Vaccination in Bombay 1869-1873 - 1869-1873
Year: 1869
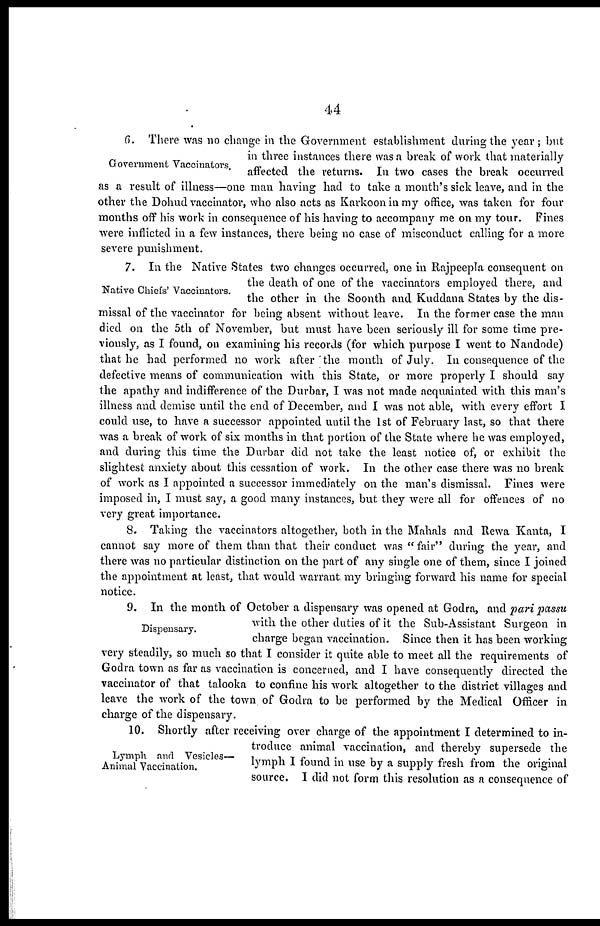
44
Government Vaccinators.
6. There was no change in the Government establishment during the year; but
in three instances there was a break of work that materially
affected the returns. In two cases the break occurred
as a result of illness—one man having had to take a month's sick leave, and in the
other the Dohud vaccinator, who also acts as Karkoon in my office, was taken for four
months off his work in consequence of his having to accompany me on my tour. Fines
were inflicted in a few instances, there being no case of misconduct calling for a more
severe punishment.
Native Chiefs' Vaccinators.
7. In the Native States two changes occurred, one in Rajpeepla consequent on
the death of one of the vaccinators employed there, and
the other in the Soonth and Kuddana States by the dis-
missal of the vaccinator for being absent without leave. In the former case the man
died on the 5th of November, but must have been seriously ill for some time pre-
viously, as I found, on examining his records (for which purpose I went to Nandode)
that he had performed no work after the month of July. In consequence of the
defective means of communication with this State, or more properly I should say
the apathy and indifference of the Durbar, I was not made acquainted with this man's
illness and demise until the end of December, and I was not able, with every effort I
could use, to have a successor appointed until the 1st of February last, so that there
was a break of work of six months in that portion of the State where he was employed,
and during this time the Durbar did not take the least notice of, or exhibit the
slightest anxiety about this cessation of work. In the other case there was no break
of work as I appointed a successor immediately on the man's dismissal. Fines were
imposed in, I must say, a good many instances, but they were all for offences of no
very great importance.
8. Taking the vaccinators altogether, both in the Mahals and Rewa Kanta, I
cannot say more of them than that their conduct was "fair" during the year, and
there was no particular distinction on the part of any single one of them, since I joined
the appointment at least, that would warrant my bringing forward his name for special
notice.
Dispensary.
9. In the month of October a dispensary was opened at Godra, and pari passu
with the other duties of it the Sub-Assistant Surgeon in
charge began vaccination. Since then it has been working
very steadily, so much so that I consider it quite able to meet all the requirements of
Godra town as far as vaccination is concerned, and I have consequently directed the
vaccinator of that talooka to confine his work altogether to the district villages and
leave the work of the town of Godra to be performed by the Medical Officer in
charge of the dispensary.
Lymph and Vesicles—
Animal Vaccination.
10. Shortly after receiving over charge of the appointment I determined to in-
troduce animal vaccination, and thereby supersede the
lymph I found in use by a supply fresh from the original
source. I did not form this resolution as a consequence of